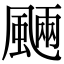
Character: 𩗾